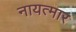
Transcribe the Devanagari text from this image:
नायत्मार